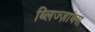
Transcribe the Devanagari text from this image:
ब्लिज्ज़ाक्स